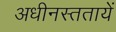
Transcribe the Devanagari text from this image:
अधीनस्ततायें